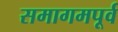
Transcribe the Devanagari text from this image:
समागमपूर्व